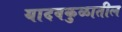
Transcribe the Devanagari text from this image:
यादवकुळातील